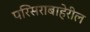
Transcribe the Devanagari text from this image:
परिसराबाहेरील